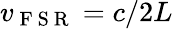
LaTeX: v_{\mathrm{~F~S~R~}}=c/2L